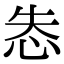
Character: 怣